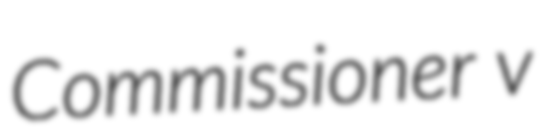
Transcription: Commissioner v